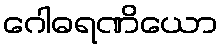
ဂေါဓရဏိယော